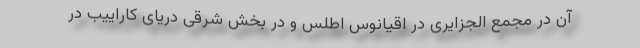
آن در مجمع الجزایری در اقیانوس اطلس و در بخش شرقی دریای کاراییب در